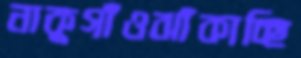
নাকুগাঁওঝাঁকাচ্ছি